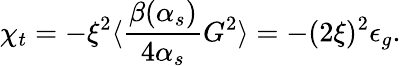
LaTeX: \chi_{t}=-\xi^{2}\langle{\frac{\beta(\alpha_{s})}{4\alpha_{s}}}G^{2}\rangle=-(2\xi)^{2}\epsilon_{g}.